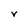
Character: r